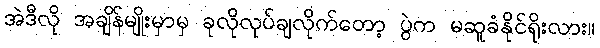
အဲဒီလို အချိန်မျိုးမှာမှ ခုလိုလုပ်ချလိုက်တော့ ပွဲက မဆူခံနိုင်ရိုးလား။